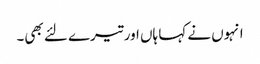
انہوں نے کہا ہاں اور تیرے لئے بھی۔